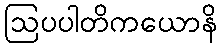
ဩပပါတိကယောနိ